Annual report of the Civil Veterinary Department, Bengal, for the year 1897-98 - 1897-1898
Year: 1897
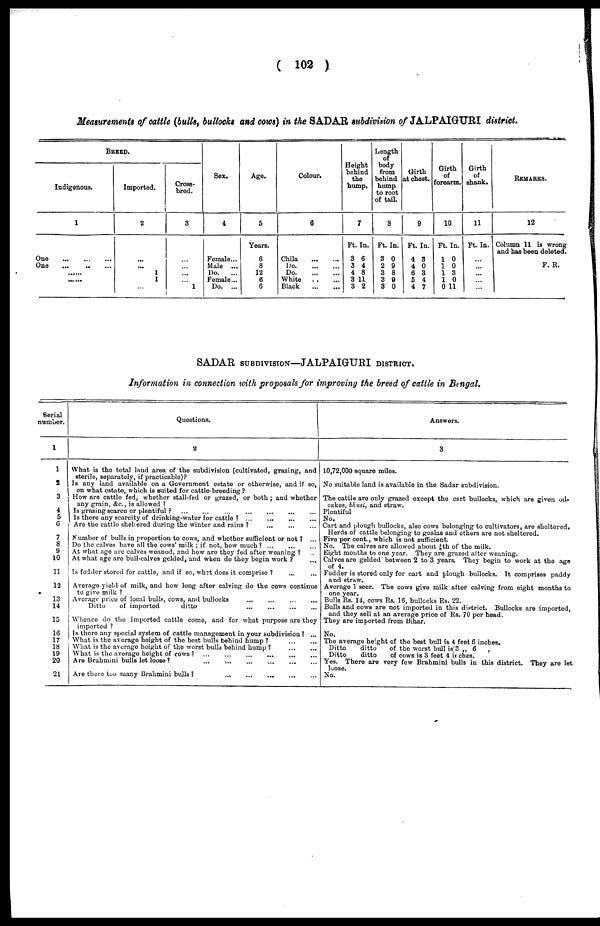
(102)
Measurements of cattle (bulls, bullocks and cows) in the SADAR subdivision of JALPAIGURI district.
BREED.
Indigenous.
1
One
...
...
...
One
...
...
...
......
......
Imported,
2
...
... 1
I
...
Cross-
bred.
3
...
...
...
...
1
Sex.
4
Female...
Male ...
Do. ...
Female...
Do. ...
Age.
5
Years.
6
8
12
6
6
Colour.
6
Chila
...
...
Do.
...
...
Do.
...
...
White
...
...
Black
...
...
Height
behind
the
hump.
7
Ft. In.
3 6
3 4
4 8
3 11
3 2
Length
of
body
from
behind
hump
to root
of tail.
8
Ft. In.
3 0
2 9
3 8
3 9
3 0
Girth
at chest.
9
Ft. In.
4 3
4 0
6 3
5 4
4 7
Girth
of
forearm.
10
Ft. In.
1 0
1 0
1 3
1 0
0 11
Girth
of
shank.
11
Ft. In.
...
...
...
...
...
REMARKS.
12
Column 11 is wrong
and has been deleted.
F. R.
SADAR subdivision—JALPAIGURI district.
Information in connection with proposals for improving the breed of cattle in Bengal.
Serial
number.
1
1
2
3
4
5
C
7
8
9
10
11
12
13
14
15
16
17
18
19
20
21
Questions.
2
What is the total laud area of the subdivision (cultivated, grazing, and
sterile, separately, if practicable)?
Is any land available on a Government estate or otherwise, and if so,
on what estate, which is suited for cattle-breeding?
How are cattle fed, whether stall-fed or grazed, or both; and whether
any grain, &c., is allowed?
Is grazing scarce or plentiful?
...
...
...
...
...
...
...
Is there any scarcity of drinking-water for cattle?
...
...
...
...
Are the cattle sheltered during the winter and rains? ... ... ...
Number of bulls in proportion to cows, and whether sufficient or not? ...
Do the calves have all the cows' milk; if not, how much? ... ... ...
At what age are calves weaned, and how are they fed after weaning? ...
At what age are bull-calves gelded, and when do they begin work?
...
Is fodder stored for cattle, and if so, what does it comprise?
...
...
Average yield of milk, and how long after calving do the cows continue
to give milk?
Average price of local bulls, cows, and bullocks
...
...
...
...
Ditto
of imported
ditto ... ... ... ...
Whence do the imported cattle come, and for what purpose are they imported?
Is there any special system of cattle management in your subdivision? ...
What is the average height of the best bulls behind hump?
...
...
What is the average height of the worst bulls behind hump?
...
...
What is the average height of cows? ... ... ... ... ... ...
Are Brahmini bulls let loose?
...
...
...
...
...
Are there too many Brahmini bulls?
...
...
...
...
...
Answers.
3
10,72,000 square miles.
No suitable land is available in the Sadar subdivision.
The cattle are only grazed except the cart bullocks, which are given oil-
cakes, bhusi, and straw.
Plentiful
No.
Cart and plough bullocks, also cows belonging to cultivators, are sheltered.
Herds of cattle belonging to goalas and others are not sheltered.
Five per cent., which is not sufficient.
No. The calves are allowed about 1/8th of the milk.
Eight mouths to one year. They are grazed after weaning.
Calves are gelded between 2 to 3 years. They begin to work at the age
of 4
Fodder is stored only for cart and plough bullocks. It comprises paddy
and straw.
Average 1 seer. The cows give milk after calving from eight months to
one year.
Bulls Rs. 14, cows Rs. 16, bullocks Rs. 22.
Bulls and cows are not imported in this district. Bullocks are imported,
and they sell at an average price of Rs. 70 per head.
They are imported from Bihar.
No.
The average height of the best bull is 4 feet 6 inches.
Ditto
ditto
of the worst bull is 3 „ 6
Ditto
ditto
of cows is 3 feet 4 inches.
Yes. There are very few Brahmini bulls in this district. They are let
loose.
No.